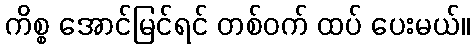
ကိစ္စ အောင်မြင်ရင် တစ်ဝက် ထပ် ပေးမယ်။